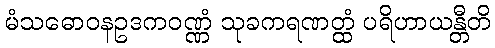
မံသဓောဝနဥဒကဝဏ္ဏံ သုခကရဏတ္ထံ ပရိဟာယန္တီတိ